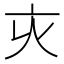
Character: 𠅆